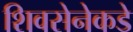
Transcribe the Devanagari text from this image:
शिवसेनेकडे